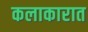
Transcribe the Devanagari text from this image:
कलाकारात